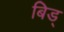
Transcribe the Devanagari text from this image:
बिड्